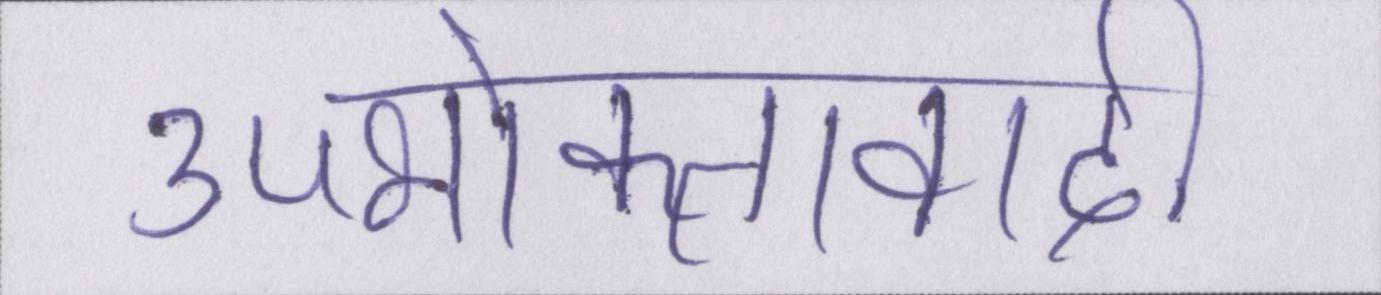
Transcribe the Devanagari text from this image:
उपभोक्तावादी